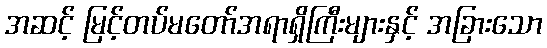
အဆင့် မြင့်တပ်မတော်အရာရှိကြီးများနှင့် အခြားသော